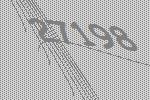
27198